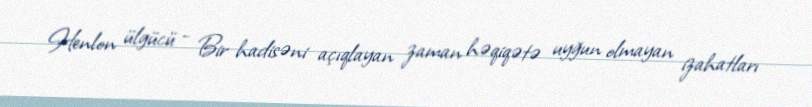
Henlon ülgücü - Bir hadisəni açıqlayan zaman həqiqətə uyğun olmayan izahatları